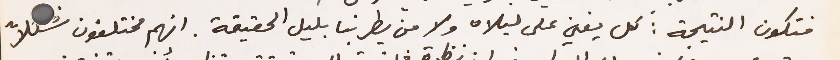
فتكون النتيجة: كل يغني على ليلاه ولا من يطربنا بليل الحقيقة. انهم مختلفون شكلاً